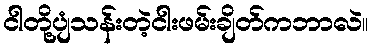
ငါတို့ပျံသန်းတဲ့ငါးဖမ်းချိတ်ကဘာလဲ။